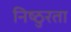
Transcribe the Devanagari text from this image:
निष्‍ठुरता